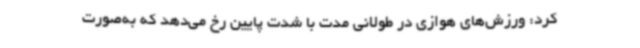
کرد: ورزش‌های هوازی در طولانی مدت با شدت پایین رخ می‌دهد که به‌صورت